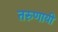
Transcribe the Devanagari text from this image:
तरुणायी